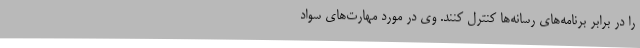
را در برابر برنامه‌های رسانه‌ها کنترل کنند. وی در مورد مهارت‌های سواد